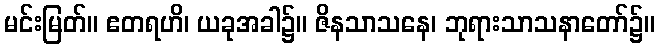
မင်းမြတ်။ ဧတရဟိ၊ ယခုအခါ၌။ ဇိနသာသနေ၊ ဘုရားသာသနာတော်၌။